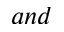
a n d